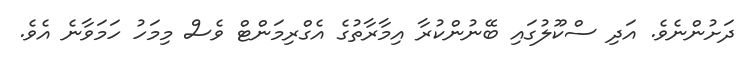
ދަށުންނެވެ. އަދި ސްކޫލުގައި ބޭނުންކުރާ އިމާރާތުގެ އެގްރިމަންޓް ވެސް މިމަހު ހަމަވާނެ އެވެ.